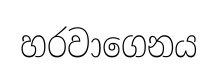
හරවාගෙනය